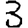
Digit: 3